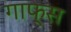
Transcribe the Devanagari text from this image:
गाफ्स